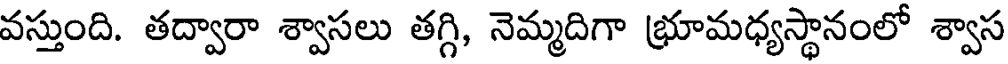
వస్తుంది. తద్వారా శ్వాసలు తగ్గి, నెమ్మదిగా భ్రూమధ్యస్థానంలో శ్వాస